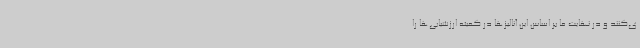
ی‌کنند و در نهایت ما بر اساس این آنالیزها در کمیته ارزشیابی‌ها را